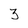
Character: 3